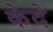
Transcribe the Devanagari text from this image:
केदे